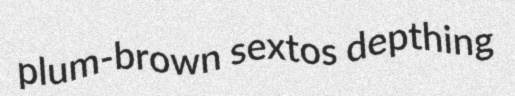
plum-brown sextos depthing